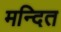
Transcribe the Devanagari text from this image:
मन्दित